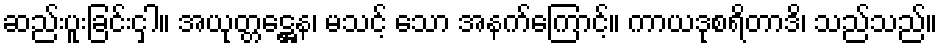
ဆည်းပူးခြင်းငှါ။ အယုတ္တဋ္ဌေန၊ မသင့် သော အနက်ကြောင့်။ ကာယဒုစရိတာဒိ၊ သည်သည်။